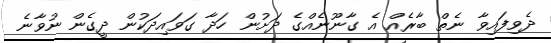
ދެވިފައިވާ ނެތް ބާރެއް އެ ގާނޫނެއްގެ ދަށުން ހަދާ ގަވައިދަކުން ދީގެން ނުވާނެ